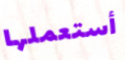
أستعملها